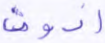
أذون